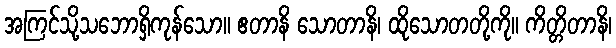
အကြင်သို့သဘောရှိကုန်သော။ ဧတာနိ သောတာနိ၊ ထိုသောတတို့ကို။ ကိတ္တိတာနိ၊